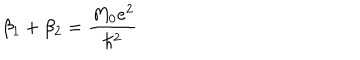
\beta _ { 1 } + \beta _ { 2 } = \frac { M _ { 0 } e ^ { 2 } } { \hbar ^ { 2 } }